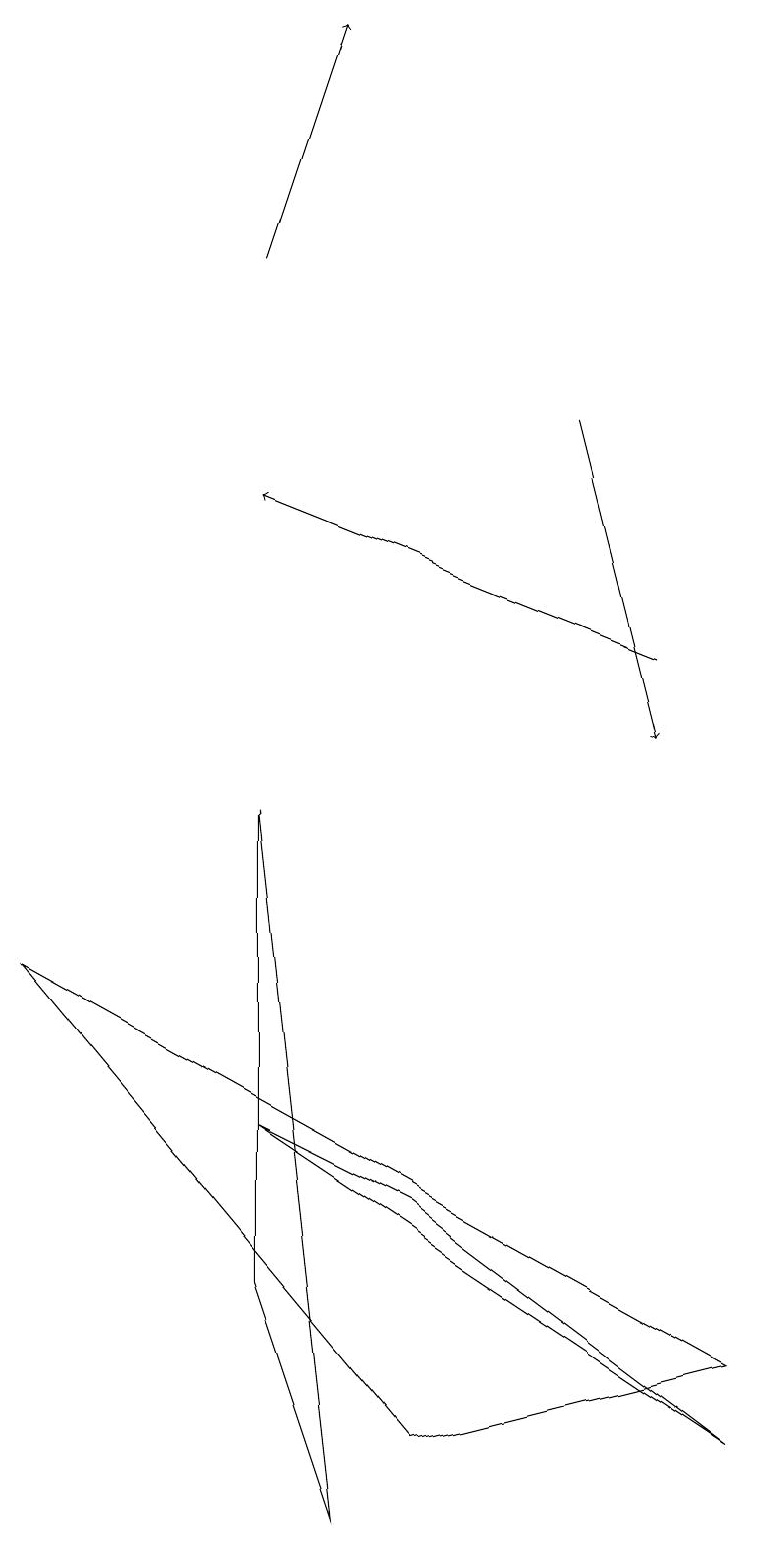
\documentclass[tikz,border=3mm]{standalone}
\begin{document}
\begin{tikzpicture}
\draw (5,1) -- (0,7) -- (9,2) -- cycle;
\draw[->] (7,14) -- (8,10);
\draw[->] (8,11) -- (3,13);
\draw[->] (3,16) -- (4,19);
\draw (3,9) -- (3,3) -- (4,0) -- cycle;
\draw (5,4) -- (3,5) -- (9,1) -- cycle;
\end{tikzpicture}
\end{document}